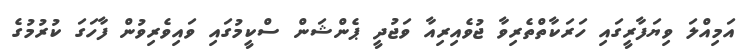
އަމިއްލަ ވިޔަފާރީގައި ހަރަކާތްތެރިވާ ޖުވެއިރިއާ ވަޖުދީ ޕެންޝަން ސްކީމުގައި ވައިވެރިވުން ފާހަގަ ކުރުމުގެ